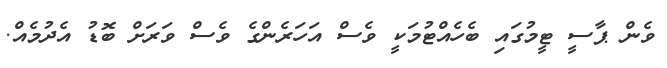
ވެން ޕާސީ ޓީމުގައި ބެހެއްޓުމަކީ ވެސް އަހަރެންގެ ވެސް ވަރަށް ބޮޑު އެދުމެއް.